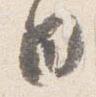
日